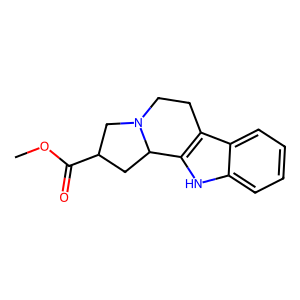
SMILES: COC(=O)C1CC2c3[nH]c4ccccc4c3CCN2C1
Inhibits HIV replication: No